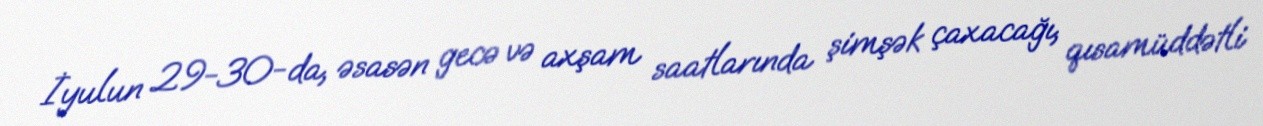
İyulun 29-30-da, əsasən gecə və axşam saatlarında şimşək çaxacağı, qısamüddətli